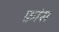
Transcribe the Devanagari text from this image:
फ़ांस